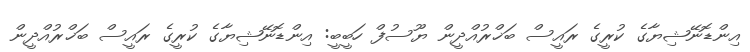
އިންޑޮނޭޝިޔާގެ ކުރީގެ ރައީސް ބަޚްރުއްދީން ޔޫސުފް ހަބީބީ: އިންޑޮނޭޝިޔާގެ ކުރީގެ ރައީސް ބަޚްރުއްދީން